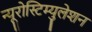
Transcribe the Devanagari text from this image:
न्यूरोस्टिम्युलेशन